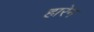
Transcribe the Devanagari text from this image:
हारेन